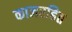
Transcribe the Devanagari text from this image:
काजरहित